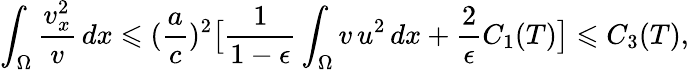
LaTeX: \int_{\Omega}{\frac{v_{x}^{2}}{v}\, dx}\leqslant(\frac{a}{c})^{2}\bigl[\frac{1}{1-\epsilon}\int_{\Omega}{v\, u^{2}\, dx}+\frac{2}{\epsilon}C_{1}(T)\bigr]\leqslant C_{3}(T),